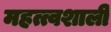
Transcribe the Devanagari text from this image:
महत्त्वशाली